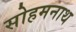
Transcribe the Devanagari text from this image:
सोहमनाथ